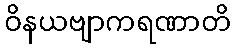
ဝိနယဗျာကရဏာတိ